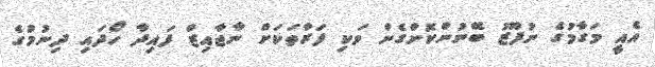
އެއީ މަގާމުގެ ނުފޫޒު ބޭނުންކޮށްގެން ވަކި ފަރާތަކަށް ނާޖާއިޒް ފައިދާ ހޯދައި ދިނުމުގެ